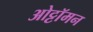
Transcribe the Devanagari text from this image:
ओट्टॉमन